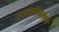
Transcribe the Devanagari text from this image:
पूजावसानसमये